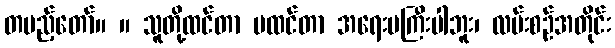
တပည့်တော်။ ။ သူတို့ထင်တာ မထင်တာ အရေးမကြီးပါဘူး၊ လမ်းစဉ်အတိုင်း